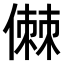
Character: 𠍷